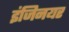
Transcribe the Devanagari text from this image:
इंजिनयर